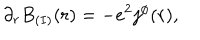
\partial _ { r } B _ { ( I ) } ( r ) = - e ^ { 2 } j ^ { \phi } ( r ) ,